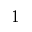
1